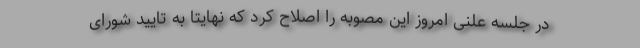
در جلسه علنی امروز این مصوبه را اصلاح کرد که نهایتاً به تایید شورای